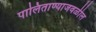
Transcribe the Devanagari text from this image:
पालिताण्याजवळील